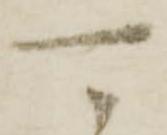
可